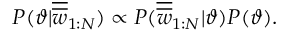
P ( \vartheta | \overline { { \overline { { w } } } } _ { 1 : N } ) \propto P ( \overline { { \overline { { w } } } } _ { 1 : N } | \vartheta ) P ( \vartheta ) .